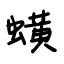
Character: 蟥